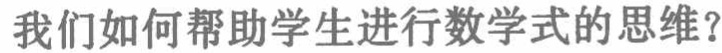
我们如何帮助学生进行数学式的思维？